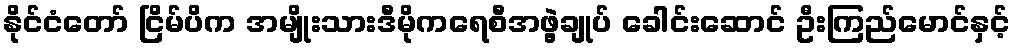
နိုင်ငံတော် ငြိမ်ပိက အမျိုးသားဒီမိုကရေစီအဖွဲ့ချုပ် ခေါင်းဆောင် ဦးကြည်မောင်နှင့်